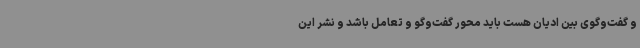
و گفت‌وگوی بین ادیان هست باید محور گفت‌وگو و تعامل باشد و نشر این